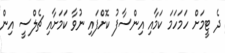
ދެ ޓީމަށް ހަމަހަމަ ކަމާއި އިންސާފު ކޮށްފައި ނުވާ ކަމަށާއި ޗެލްސީ އިން